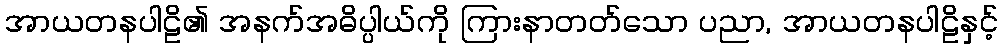
အာယတနပါဠိ၏ အနက်အဓိပ္ပါယ်ကို ကြားနာတတ်သော ပညာ, အာယတနပါဠိနှင့်